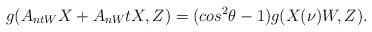
LaTeX: \begin{align*}g(A_{ntW}X+A_{nW}tX, Z)=(cos^2{\theta}-1)g(X (\nu)W, Z).\end{align*}